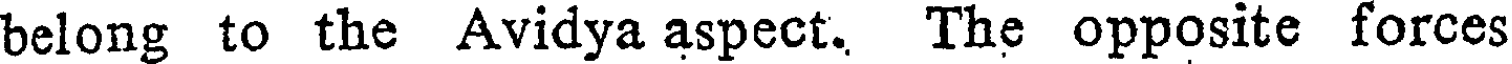
belong to the Avidya aspect. The opposite forces